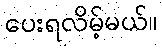
ပေးရလိမ့်မယ်။